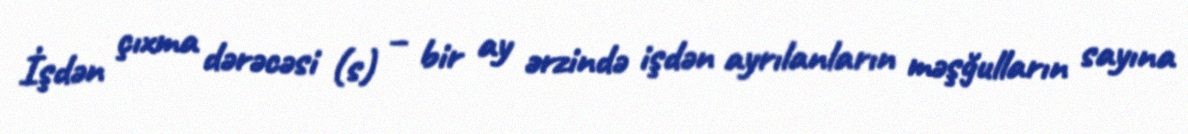
İşdən çıxma dərəcəsi (s) – bir ay ərzində işdən ayrılanların məşğulların sayına